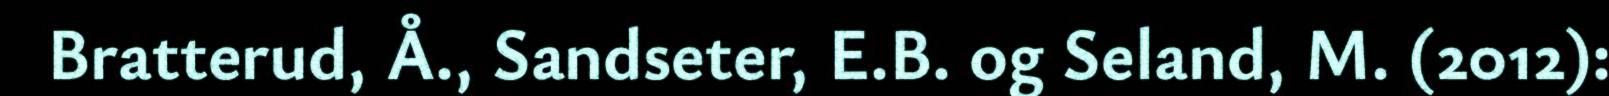
Bratterud, Å., Sandseter, E.B. og Seland, M. (2012):